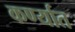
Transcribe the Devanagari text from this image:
कर्ण्यात